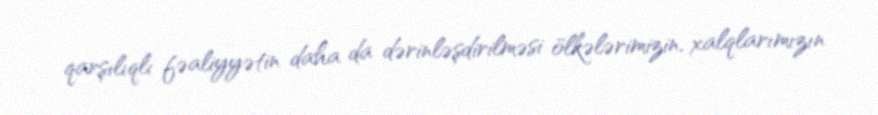
qarşılıqlı fəaliyyətin daha da dərinləşdirilməsi ölkələrimizin, xalqlarımızın